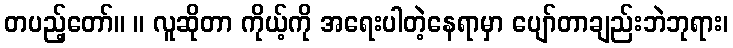
တပည့်တော်။ ။ လူဆိုတာ ကိုယ့်ကို အရေးပါတဲ့နေရာမှာ ပျော်တာချည်းဘဲဘုရား၊